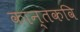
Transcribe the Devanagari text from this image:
कान्तकवि